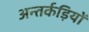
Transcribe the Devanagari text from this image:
अन्तर्कड़ियों